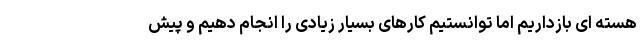
هسته ای بازداریم اما توانستیم کارهای بسیار زیادی را انجام دهیم و پیش